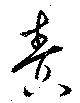
責